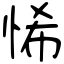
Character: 悕